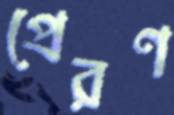
প্রেরণ